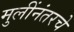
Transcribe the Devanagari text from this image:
मुलींनंतरचे